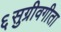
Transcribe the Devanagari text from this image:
६सुग्रीवगीता